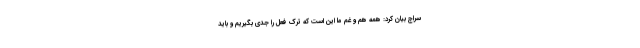
سراج بیان کرد: همه هم و غم ما این است که ترک فعل را جدى بگیریم و باید